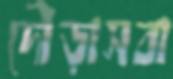
দৌড়াসবা